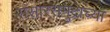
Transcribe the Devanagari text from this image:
संसारसमुद्राच्या